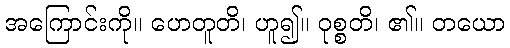
အကြောင်းကို။ ဟေတူတိ၊ ဟူ၍။ ဝုစ္စတိ၊ ၏။ တယော